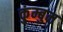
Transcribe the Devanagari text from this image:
कुंम्बुम